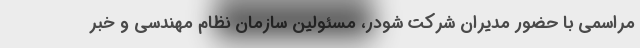
مراسمی با حضور مدیران شرکت شودر، مسئولین سازمان نظام مهندسی و خبر